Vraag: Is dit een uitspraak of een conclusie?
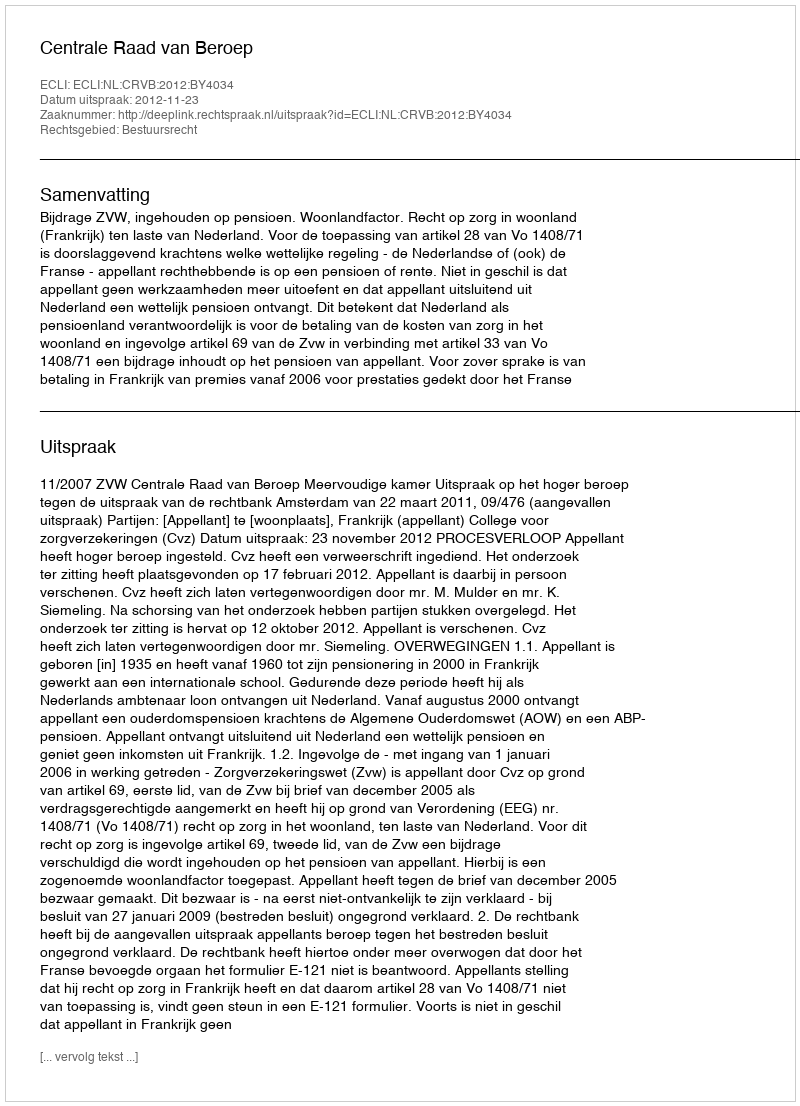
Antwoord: Uitspraak